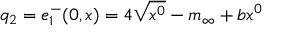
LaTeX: q _ { 2 } = e _ { 1 } ^ { - } ( 0 , x ) = 4 \sqrt { x ^ { 0 } } - m _ { \infty } + b x ^ { 0 }